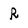
Character: R